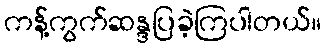
ကန့်ကွက်ဆန္ဒပြခဲ့ကြပါတယ်။